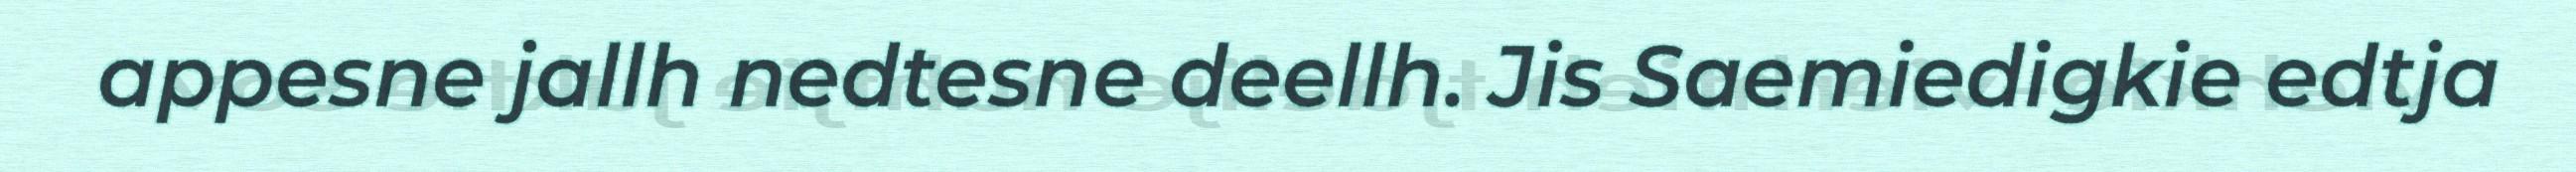
appesne jallh nedtesne deellh. Jis Saemiedigkie edtja